Vaccination North-Western Provinces and Oudh 1878-1895 - 1878-1895
Year: 1878
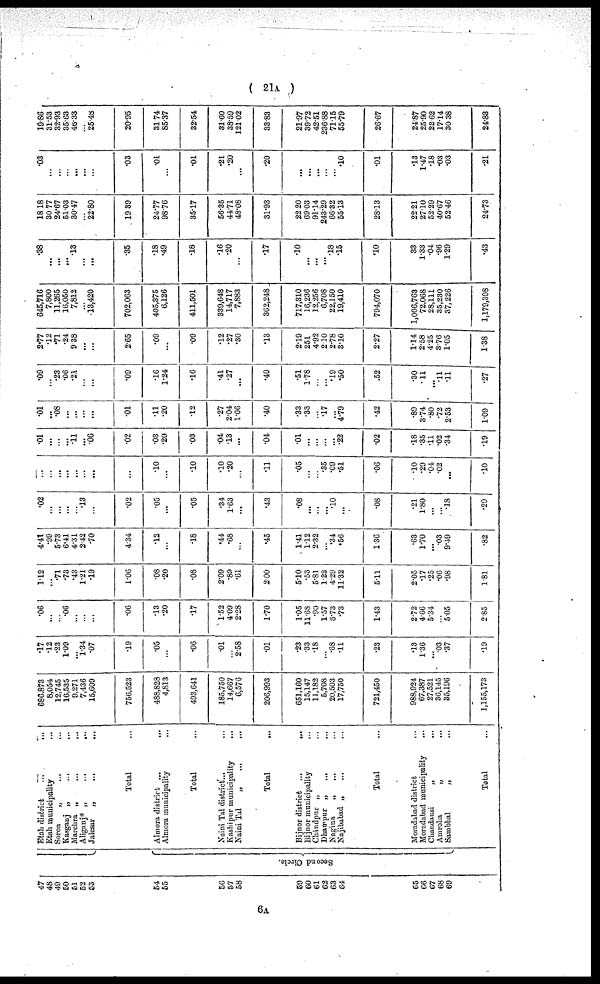
( 21A )
47
48
49
50
51
52
53
54
55
56
57
58
59
60
61
62
63
64
65
66
67
68
69
Second Circle.
Etah district
...
...
Etah municipality ...
Soron
„
...
...
Kasganj „ ... ...
Marehra „
...
...
Aliganj* „ ... ...
Jalesar
„ ... ...
Total ...
Almora district ...
...
Almora municipality ...
Total ...
Naini Tal district... ...
Kasbipur municipality
...
Naini Tal
„
,„
...
Total ...
Bijnor district ...
...
Bijnor municipality ...
Cliándpur „ ...
Dhampur „ ... ...
Nagina
„ ... ...
Najibabad „
...
...
Total ...
Moradabad district ...
Moradabad municipality ...
Chandausi
„ ...
Amroha
„ ...
Sambhal
„
...
Total ...
686,873
8,054
12,745
16,535
9,271
7,436
15,609
756,523
488,828
4,813
493,641
185,750
14,667
6,576
206,993
651,160
15,147
11,182
5,708
20,503
17,750
721,450
988,924
67,387
27,521
36,145
35,196
1,155,173
.17
.12
.23
1.09
...
1.34
.07
.19
.05
...
.06
.01
...
2.58
.01
.23
.33
.18
...
.68
.11
.23
.13
1.36
...
.03
.37
.19
.06
...
...
.06
...
...
...
.06
.13
.20
.17
1.52
4.09
2.28
1.70
1.05
11.68
.90
1.57
6.73
.73
1.43
2.72
4.66
5.34
...
5.05
2.85
1.12
...
.71
.73
.43
1.21
.19
1.06
.08
.20
.08
2.09
.89
.61
2.00
5.10
.53
5.81
1.22
4.29
11.32
5.11
2.05
.17
.25
.06
.98
1.81
4.41
.99
5.73
6.41
4.31
2.42
.70
4.34
.12
...
.18
.44
.68
...
.45
1.41
1.12
2.32
...
.34
.56
1.36
.63
1.70
...
.03
9.49
.82
.02
...
...
...
.13
...
.02
.05
...
.05
.34
1.63
...
.43
.08
...
...
...
.10
...
.08
.21
1.80
...
...
.18
.29
...
...
...
...
...
...
...
...
.10
...
.10
.10
.20
...
.11
.05
...
...
.35
.09
.51
.06
.10
.29
.04
.02
...
.10
.01
...
...
...
.11
...
.06
.02
.03
.20
.03
.04
.13
...
.04
.01
...
...
...
...
.22
.02
.18
.35
.11
.02
.34
.19
.01
...
.08
...
...
...
...
.01
.11
.20
.12
.27
2.04
1.06
.40
.33
.33
...
.17
...
4.79
.42
.89
3.74
.80
.72
2.53
1.09
.09
...
.23
.06
.21
...
...
.09
.16
1.24
.16
.41
.27
...
.40
.51
1.78
...
...
.19
.50
.52
.30
.11
...
.11
.11
.27
2.77
.12
.71
.24
9.38
...
...
2.65
.09
...
.09
.12
.27
.30
.13
2.19
2.51
4.92
2.10
2.78
3.10
2.27
1.14
2.58
4.25
3.76
1.05
1.38
645,716
7,800
11,265
16,050
7,812
...
13,420
702,063
405,375
6,126
411,501
339,648
14,717
7,883
362,248
717,310
16,236
12,256
6,708
22,150
19,410
794,070
1,006,763
72,068
28,111
35,230
37,226
1,179,398
.38
...
...
...
.13
...
...
.35
.18
.49
.18
.16
.20
...
.17
.10
...
...
...
.18
.15
.10
33
1.33
.04
.96
1.29
.43
18.18
30.77
24.67
51.03
30.47
...
22.80
19.39
24.77
98.76
35.17
56.35
44.71
48.08
31.93
22.20
69.03
91.14
243.29
66.32
55.13
28.13
22.21
27.10
52.29
40.67
52.46
24.73
.03
...
...
...
...
...
...
.03
.01
...
.01
.21
.20
...
.20
...
...
...
...
...
.10
.01
.13
1.47
.18
.03
.03
.21
19.86
31.53
32.93
35.63
46.33
...
25.48
20.95
31.74
85.37
32.54
31.60
38.59
121.02
38.83
21.97
39.72
42.51
236.88
71.15
55.79
26.67
24.87
25.90
22.62
17.14
30.38
24.83
6A